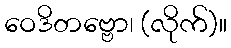
ဝေဒိတဗ္ဗော၊ (လိုက်)။